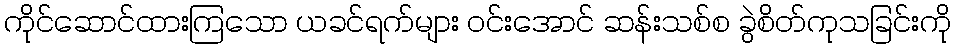
ကိုင်ဆောင်ထားကြသော ယခင်ရက်များ ဝင်းအောင် ဆန်းသစ်စ ခွဲစိတ်ကုသခြင်းကို